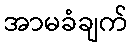
အာမခံချက်